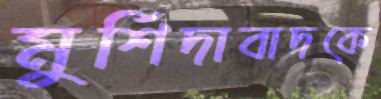
মুর্শিদাবাদকে